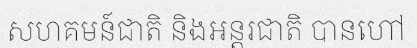
សហគមន៍ជាតិ និងអន្តរជាតិ បានហៅ